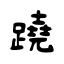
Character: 蹺